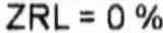
ZRL = 0%